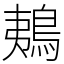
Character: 鴺